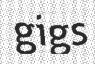
gigs